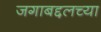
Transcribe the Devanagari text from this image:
जगाबद्दलच्या